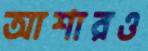
আশারও